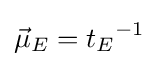
{\vec {\mu }}_{E}={t_{E}}^{-1}